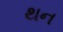
થન